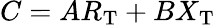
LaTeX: C=AR_{\mathrm{T}}+BX_{\mathrm{T}}